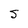
Character: S